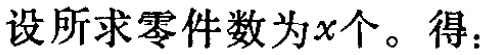
设所求零件数为\(x\)个。得：